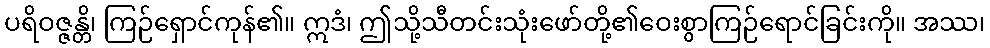
ပရိဝဇ္ဇန္တိ၊ ကြဉ်ရှောင်ကုန်၏။ ဣဒံ၊ ဤသို့သီတင်းသုံးဖော်တို့၏ဝေးစွာကြဉ်ရောင်ခြင်းကို။ အဿ၊